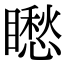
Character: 矁